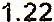
1.22